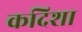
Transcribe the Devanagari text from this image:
कदिशा